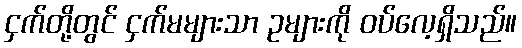
ငှက်တို့တွင် ငှက်မများသာ ဥများကို ဝပ်လေ့ရှိသည်။